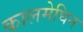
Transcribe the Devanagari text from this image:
कालमेघिन